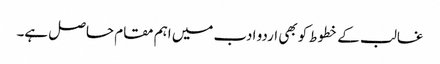
غالب کے خطوط کو بھی اردو ادب میں اہم مقام حاصل ہے۔